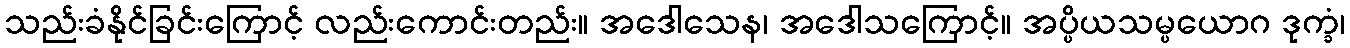
သည်းခံနိုင်ခြင်းကြောင့် လည်းကောင်းတည်း။ အဒေါသေန၊ အဒေါသကြောင့်။ အပ္ပိယသမ္ပယောဂ ဒုက္ခံ၊